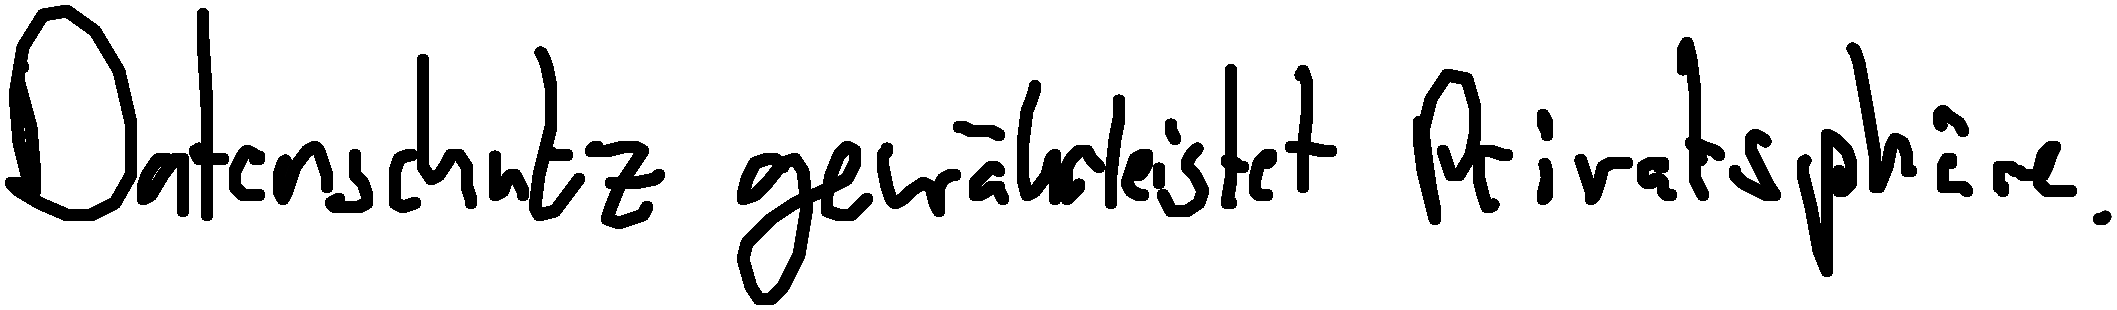
Datenschutz gewährleistet Privatsphäre.